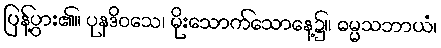
ပြန့်ပွား၏။ ပုနဒိဝသေ၊ မိုးသောက်သောနေ့၌။ ဓမ္မသဘာယံ၊